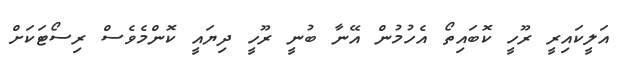
އަލީކައިރީ ރޫހީ ކޮބައިތޯ އެހުމުން އޭނާ ބުނީ ރޫހީ ދިޔައީ ކޮންމެވެސް ރިސޯޓަކަށް